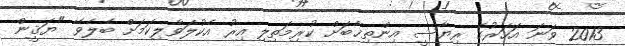
2013 ވަނަ އަހަރުގެ ރިޔާސީ އިންތިޚާބަށް ކުރިމަތިލި އިރު އެކުލަވާލިކަމަށް ބެލެވޭ "ޔަޤީން